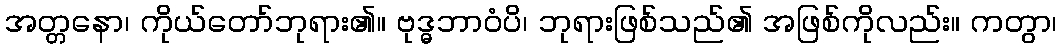
အတ္တနော၊ ကိုယ်တော်ဘုရား၏။ ဗုဒ္ဓဘာဝံပိ၊ ဘုရားဖြစ်သည်၏ အဖြစ်ကိုလည်း။ ကတွာ၊